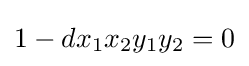
1-dx_{1}x_{2}y_{1}y_{2}=0